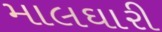
માલઘારી